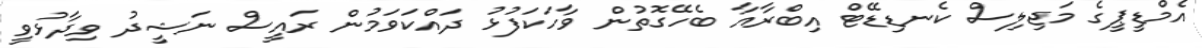
އެމްޑީޕީގެ މަޖިލިސް ކެނޑިޑޭޓް އިބްރާއާ ބެހޭގޮތުން ވާހަކަފުޅު ދައްކަވަމުން ރައީސް ނަޝީދު ވިދާޅުވީ